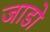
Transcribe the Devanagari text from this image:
जाडो